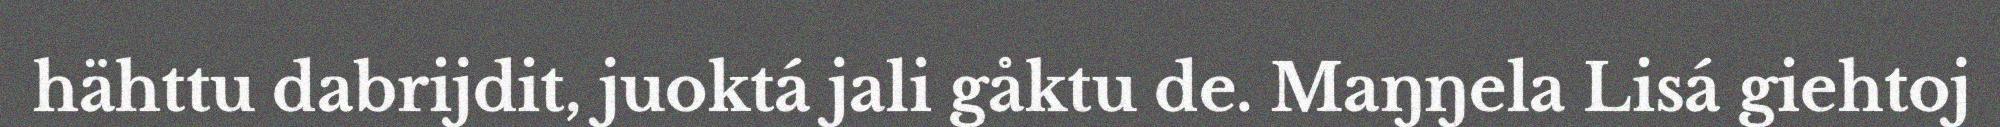
hähttu dabrijdit, juoktá jali gåktu de. Maŋŋela Lisá giehtoj